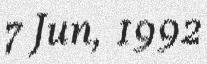
7 Jun, 1992